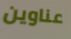
عناوين